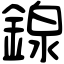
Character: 䤼